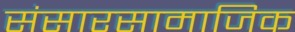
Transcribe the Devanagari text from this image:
संसारसामाजिक